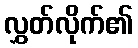
လွှတ်လိုက်၏